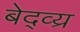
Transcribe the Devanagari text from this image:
बेद्व्य्र